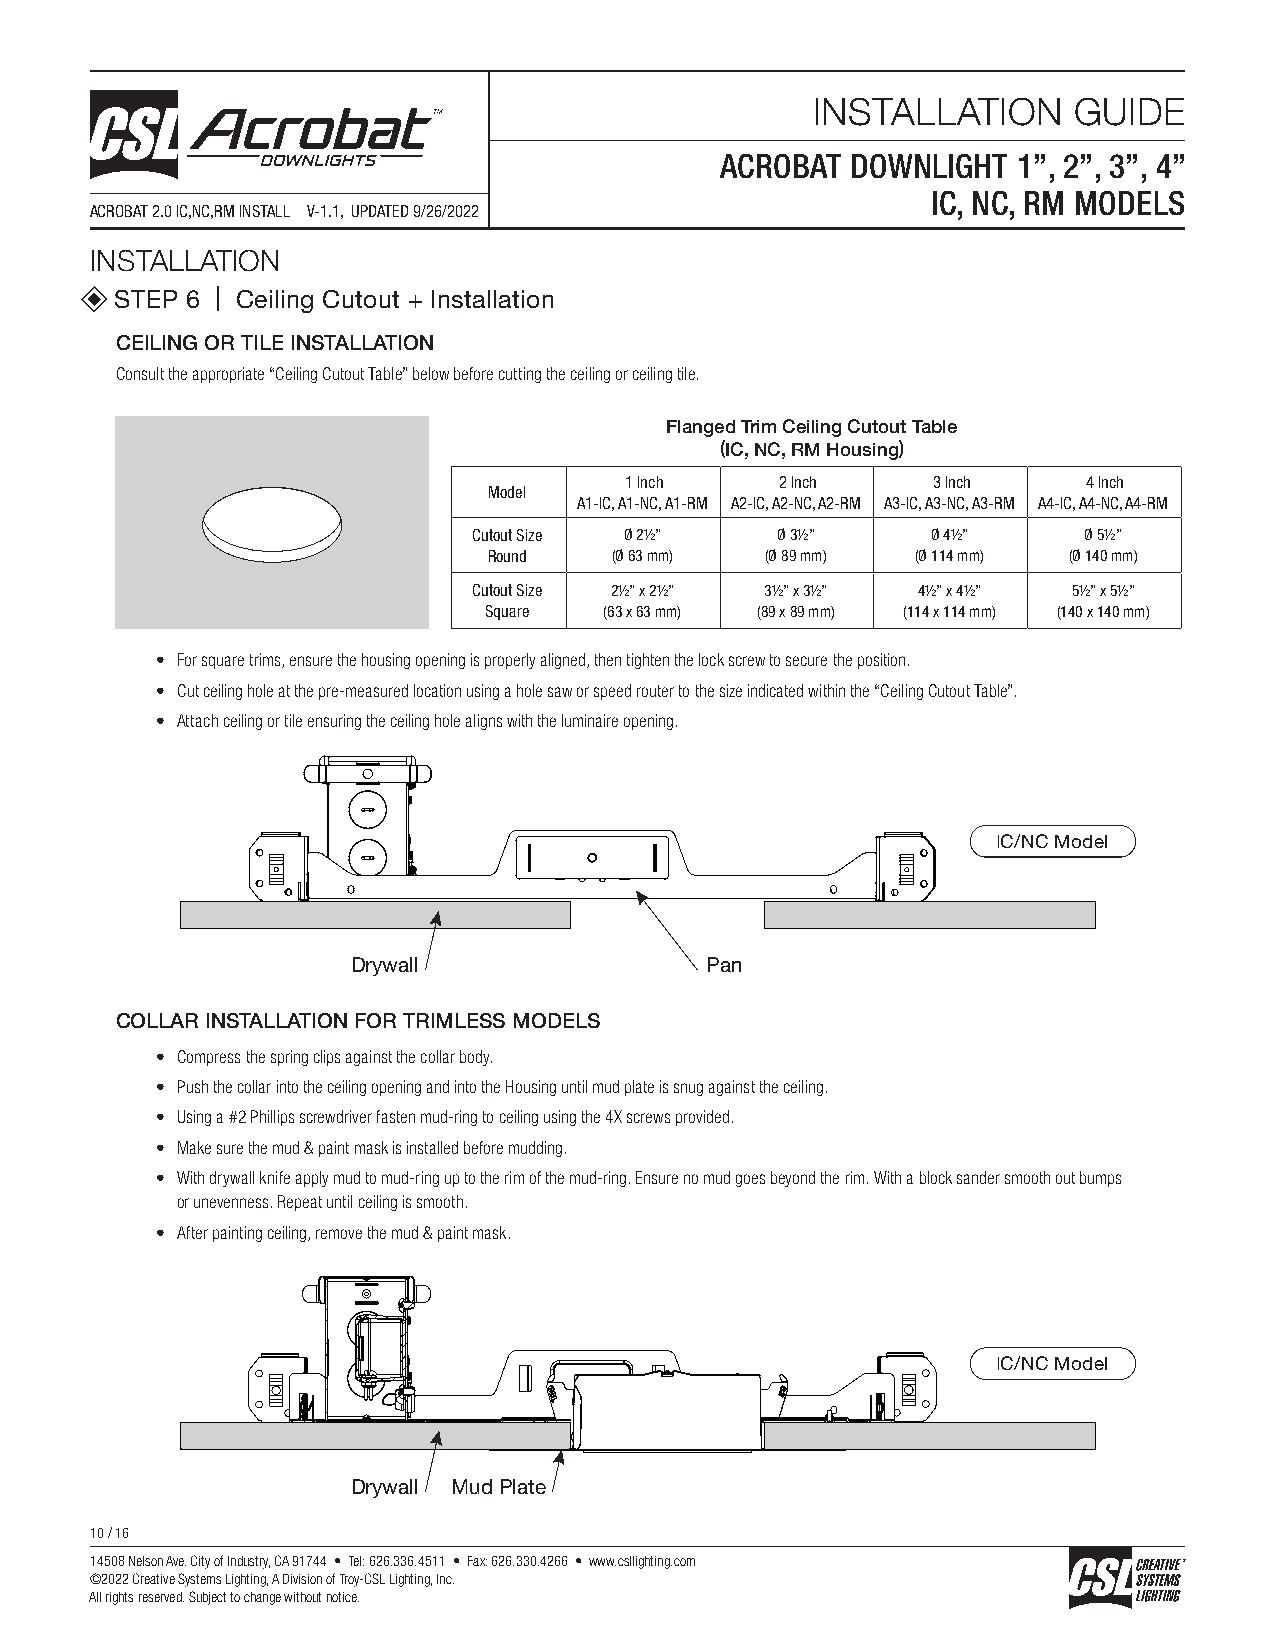
INSTALLATION     GUIDE
 ACROBAT DOWNLIGHT  1”, 2”, 3”, 4”
 IC, NC, RM MODELS
 ACROBAT 2.0 IC,NC,RM INSTALL V-1.1, UPDATED 9/26/2022
 INSTALLATION
 STEP 6 | Ceiling Cutout + Installation
 CEILING OR TILE INSTALLATION
 Consult the appropriate “Ceiling Cutout Table” below before cutting the ceiling or ceiling tile.
 Flanged Trim Ceiling Cutout Table
 (IC, NC, RM Housing)
 1 Inch     2 Inch    3 Inch    4 Inch
 Model
 A1-IC, A1-NC, A1-RM A2-IC, A2-NC, A2-RM A3-IC, A3-NC, A3-RM A4-IC, A4-NC, A4-RM
 Cutout Size Ø 21/2” Ø 31/2”    Ø 41/2”   Ø 51/2”
 Round   (Ø 63 mm)  (Ø 89 mm) (Ø 114 mm) (Ø 140 mm)
 Cutout Size 21/2” x 21/2” 31/2” x 31/2” 41/2” x 41/2” 51/2” x 51/2”
 Square  (63 x 63 mm) (89 x 89 mm) (114 x 114 mm) (140 x 140 mm)
 • For square trims, ensure the housing opening is properly aligned, then tighten the lock screw to secure the position.
 • Cut ceiling hole at the pre-measured location using a hole saw or speed router to the size indicated within the “Ceiling Cutout Table”.
 • Attach ceiling or tile ensuring the ceiling hole aligns with the luminaire opening.
 IC/NC Model
 Drywall                 Pan
 COLLAR INSTALLATION FOR TRIMLESS MODELS
 • Compress the spring clips against the collar body.
 • Push the collar into the ceiling opening and into the Housing until mud plate is snug against the ceiling.
 • Using a #2 Phillips screwdriver fasten mud-ring to ceiling using the 4X screws provided.
 • Make sure the mud & paint mask is installed before mudding.
 • With drywall knife apply mud to mud-ring up to the rim of the mud-ring. Ensure no mud goes beyond the rim. With a block sander smooth out bumps
 or unevenness. Repeat until ceiling is smooth.
 • After painting ceiling, remove the mud & paint mask.
 IC/NC Model
 Drywall Mud Plate
 10 / 16
 14508 Nelson Ave. City of Industry, CA 91744 • Tel: 626.336.4511 • Fax: 626.330.4266 • www.csllighting.com
 ©2022 Creative Systems Lighting, A Division of Troy-CSL Lighting, Inc.
 All rights reserved. Subject to change without notice.